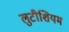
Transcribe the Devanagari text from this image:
लुटीशियम